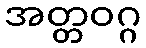
အတ္တဝဂ္ဂ